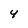
Character: 4